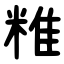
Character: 䊒